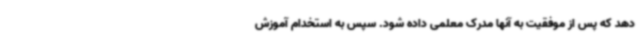
دهد که پس از موفقیت به آنها مدرک معلمی داده شود. سپس به استخدام آموزش